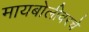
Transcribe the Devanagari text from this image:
मायबोलीवरचे